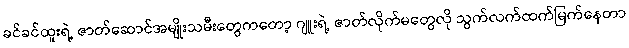
ခင်ခင်ထူးရဲ့ ဇာတ်ဆောင်အမျိုးသမီးတွေကတော့ ဂျူးရဲ့ ဇာတ်လိုက်မတွေလို သွက်လက်ထက်မြက်နေတာ